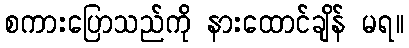
စကားပြောသည်ကို နားထောင်ချိန် မရ။